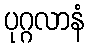
ပုဂ္ဂလာနံ